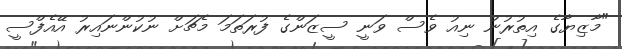
"މާޒިޔާގެ އިތުރުން ނިއު ވެސް ވަނީ ސީޒަންގެ ފުރަތަމަ މެޗަށް ނުކުންނައިރު އޭއެފްސީ